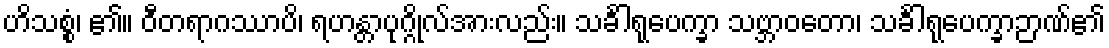
ဟိသစ္စံ၊ ၏။ ဝီတရာဂဿာပိ၊ ရဟန္တာပုဂ္ဂိုလ်အားလည်း။ သင်္ခါရုပေက္ခာ သဗ္ဘာဝတော၊ သင်္ခါရုပေက္ခာဉာဏ်၏